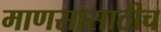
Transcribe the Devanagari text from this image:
माणसासाठीच